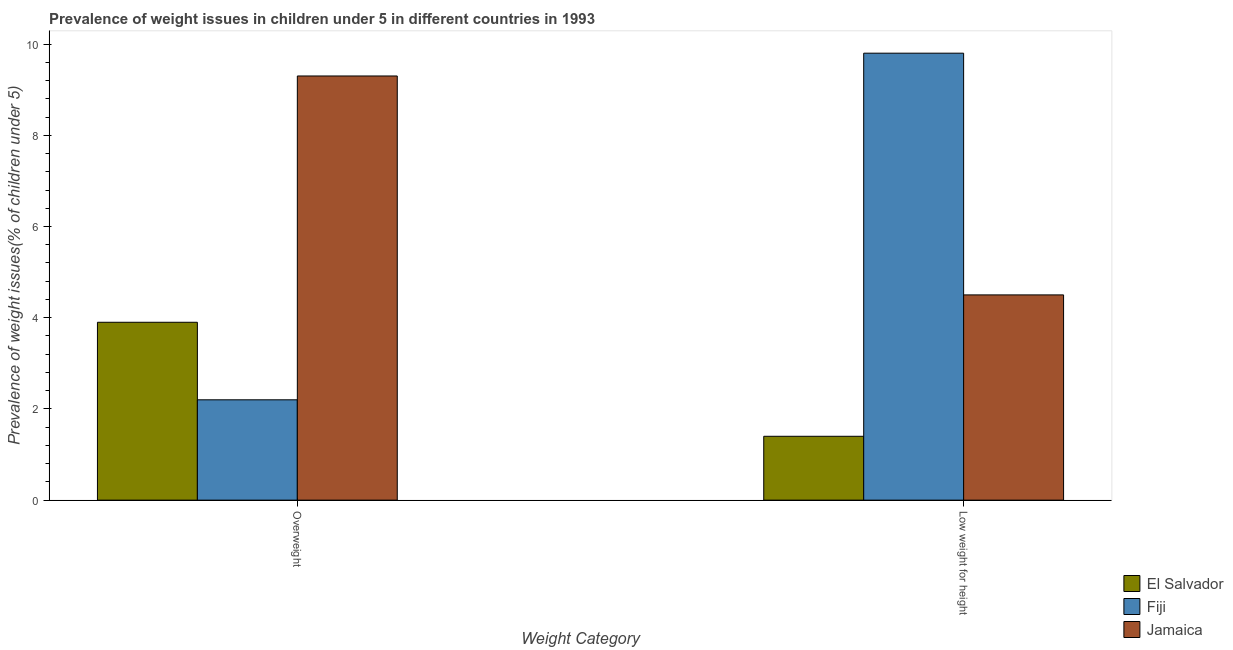
| Weight Category | El Salvador | Fiji | Jamaica |
 | --- | --- | --- | --- |
 | Overweight | 3.9 | 2.2 | 9.3 |
 | Low weight for height | 1.4 | 9.8 | 4.5 |